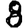
Digit: 8